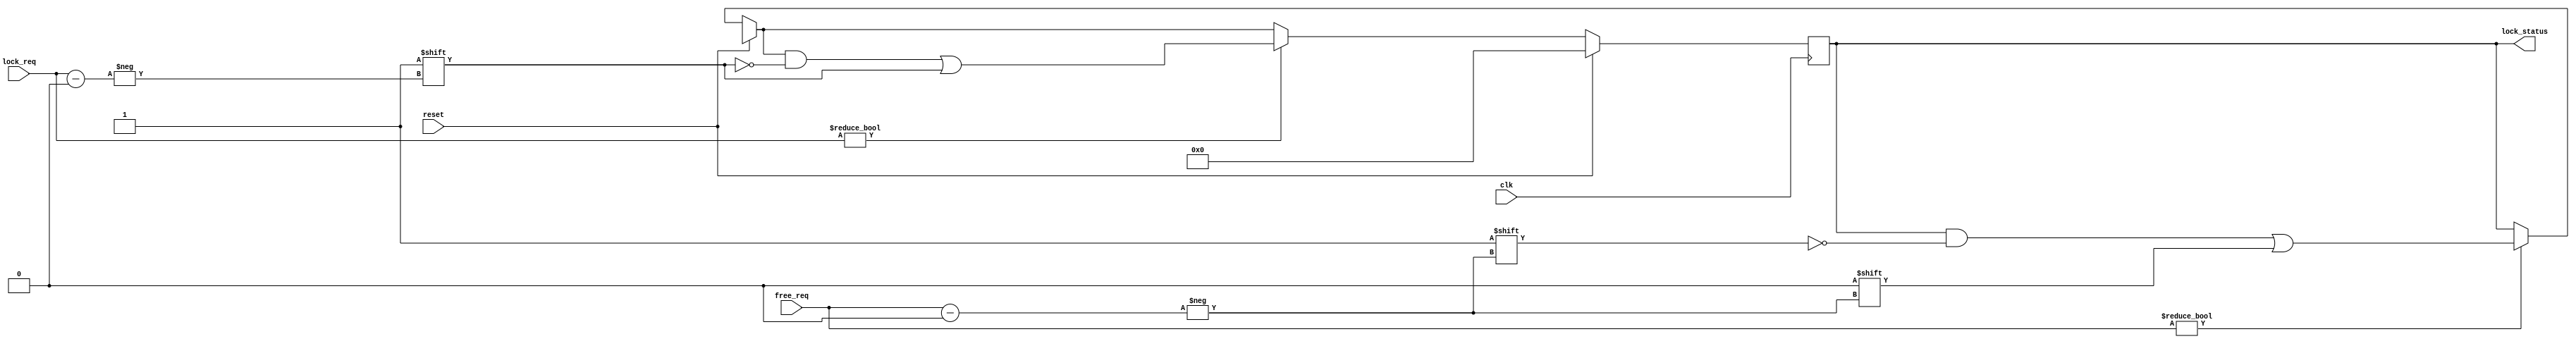
module rv_regfile_semaphore(
	input clk,
	input reset,

	input [4:0] lock_req,

	output reg [31:0] lock_status,

	input [4:0] free_req
);

	always @(posedge clk) begin
		if(reset) begin
			lock_status <= 0;
		end else begin
			if(free_req) begin
				if(~lock_status[free_req])
					$display("Register x%d freed, but wasn't allocated!", free_req);
				else
					$display("Register x%d freed", free_req);

				lock_status[free_req] <= 0;
			end 

			if(lock_req) begin
				if(lock_status[lock_req])
					$display("Register x%d locked, but was already allocated!", lock_req);
				else
					$display("Register x%d locked", lock_req);

				lock_status[lock_req] <= 1;
			end 
		end
	end

endmodule